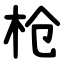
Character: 枪